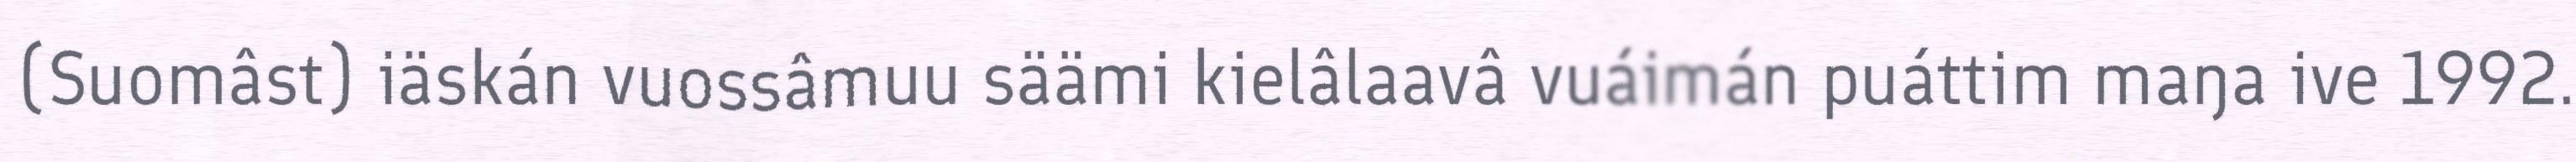
(Suomâst) iäskán vuossâmuu säämi kielâlaavâ vuáimán puáttim maŋa ive 1992.